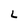
Character: L